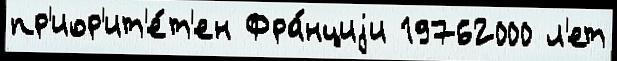
пр'иор'ит'е́т'ен Фра́нциjи 19762000 л'ет